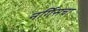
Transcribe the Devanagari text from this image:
नर्गिसचा